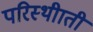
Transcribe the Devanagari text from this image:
परिस्थीाती